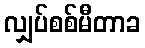
လျှပ်စစ်မီတာခ